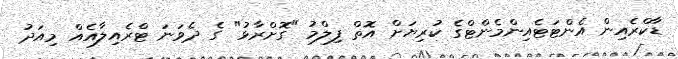
ޑާކްރެއިން އެންޓަޓެއިންމެންޓްގެ ކުރިޔަށް އޮތް ފިލްމު "ގޮށްރާޅު" ގެ ދެވަނަ ޓްރެއިލާއެއް މިއަދު